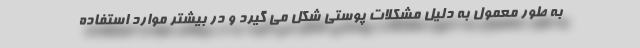
به طور معمول به دلیل مشکلات پوستی شکل می گیرد و در بیشتر موارد استفاده